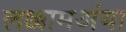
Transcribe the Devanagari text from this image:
लक्कामअंबा